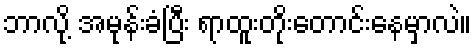
ဘာလို့ အမုန်းခံပြီး ရာထူးတိုးတောင်းနေမှာလဲ။